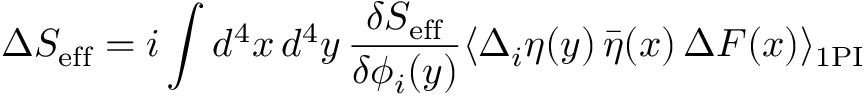
\Delta S _ { \mathrm { e f f } } = i \int d ^ { 4 } x \, d ^ { 4 } y \, \frac { \delta S _ { \mathrm { e f f } } } { \delta \phi _ { i } ( y ) } \langle \Delta _ { i } \eta ( y ) \, \bar { \eta } ( x ) \, \Delta F ( x ) \rangle _ { \mathrm { 1 P I } }